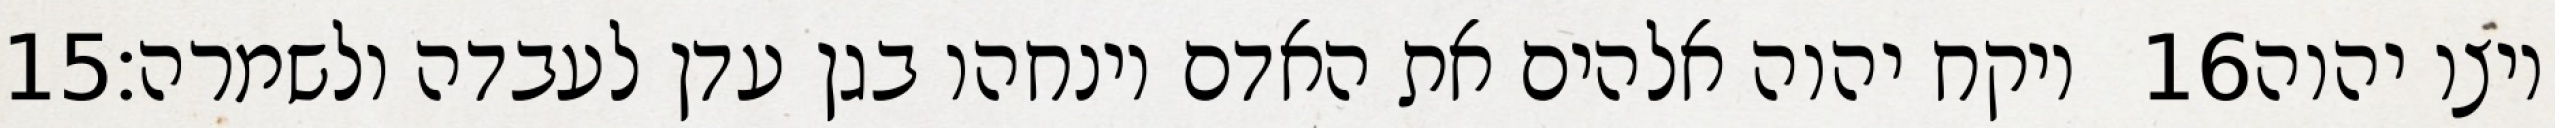
‎15‏ ויקח יהוה אלהים את האדם וינחהו בגן עדן לעבדה ולשמרה׃ ‎16‏ ויצו יהוה